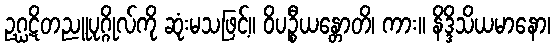
ဥဂ္ဃဋိတညူပုဂ္ဂိုလ်ကို ဆုံးမသဖြင့်။ ဝိပဉ္စီယန္တောတိ၊ ကား။ နိဒ္ဒိသိယမာနော၊